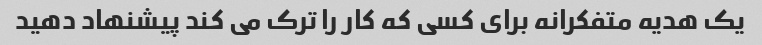
یک هدیه متفکرانه برای کسی که کار را ترک می کند پیشنهاد دهید